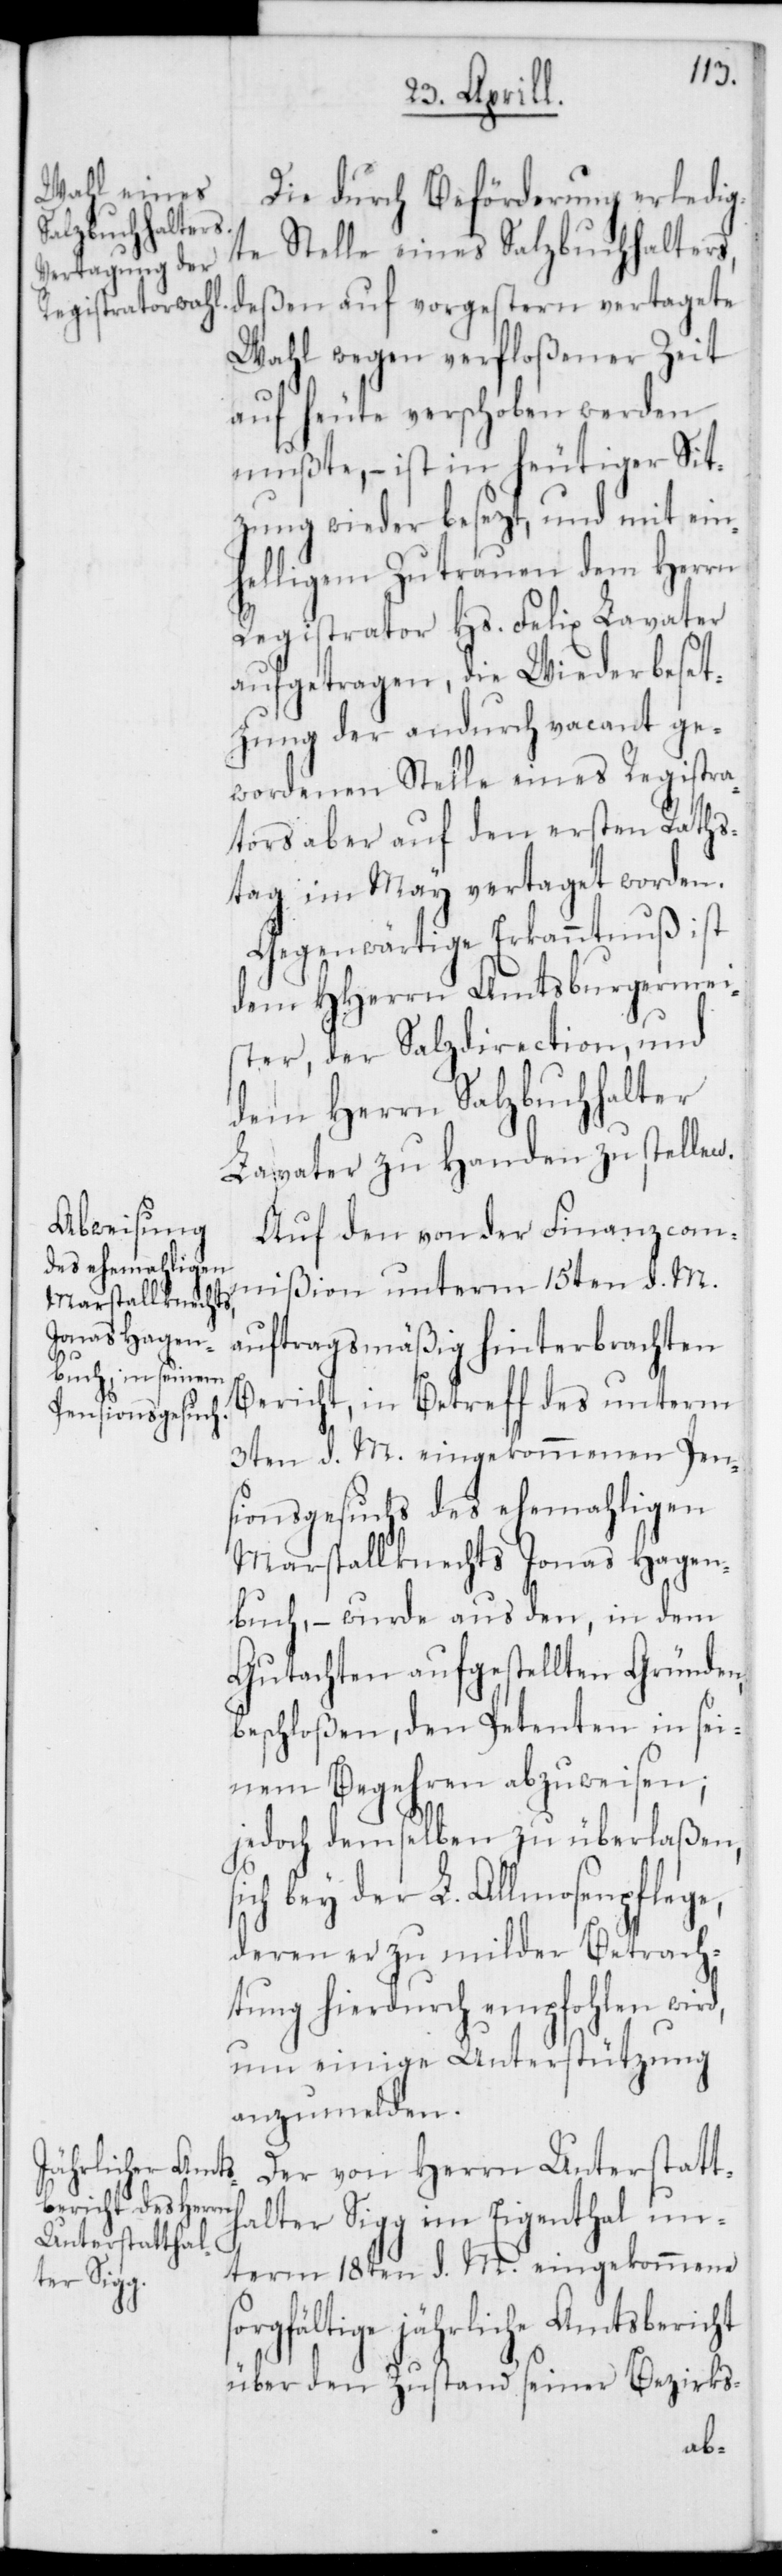
Die durch Beförderung erledig¬
te Stelle eines Salzbuchhalters,
deßen auf vorgestern vertagete
Wahl wegen verfloßener Zeit
auf heute verschoben werden
mußte, – ist in heutiger Sit¬
zung wieder besezt, und mit ein¬
helligem Zutrauen dem Herrn
Registrator Hs. Felix Lavater
aufgetragen, die Wiederbeset¬
zung der andurch vacant ge¬
wordenen Stelle eines Registra¬
tors aber auf den ersten Raths¬
tag im May vertaget worden.
Gegenwärtige Erkanntnus ist
dem HHerrn Amtsburgermei¬
ster, der Salzdirection und
dem Herrn Salzbuchhalter
Lavater zu Handen zu stellen.
Auf den von der Finanzcom¬
mißion unterm 15ten d. M.
auftragsmäßig hinterbrachten
Bericht, in Betreff des unterm
3ten d. M. eingekommenen Pen¬
sionsgesuch des ehemahligen
Marstallknechts Jonas Hagen¬
buch, – wurde aus den, in dem
Gutachten aufgestellten Gründen
beschloßen, den Petenten in sei¬
nem Begehren abzuweisen;
jedoch demselben zu überlaßen,
ich bey der L. Allmosenpflege,
deren er zu milder Betrach¬
tung hierdurch empfohlen wird,
um einige Unterstützung
anzumelden.
Eigenthal un¬
Der von Herrn Unterstatth¬
term 18ten d. M. eingekommene s¬
ter Sigg
orgfältige jährliche Amtsbericht
über den Zustand seiner Bezirks-
al¬